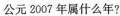
公元 2007 年属什么年?